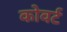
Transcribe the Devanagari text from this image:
कोवर्ट